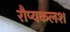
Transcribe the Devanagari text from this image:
रौप्यकलश